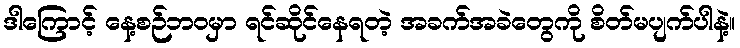
ဒါကြောင့် နေ့စဉ်ဘဝမှာ ရင်ဆိုင်နေရတဲ့ အခက်အခဲတွေကို စိတ်မပျက်ပါနဲ့။